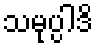
သမုပ္ပါဒိ